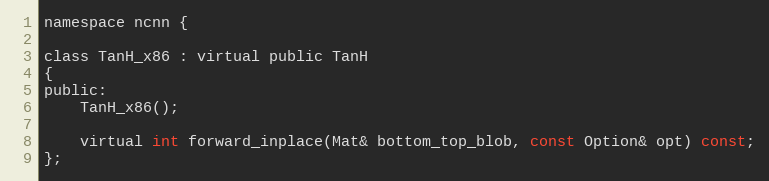
Language: C
namespace ncnn {

class TanH_x86 : virtual public TanH
{
public:
    TanH_x86();

    virtual int forward_inplace(Mat& bottom_top_blob, const Option& opt) const;
};